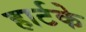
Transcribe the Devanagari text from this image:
हार्टके